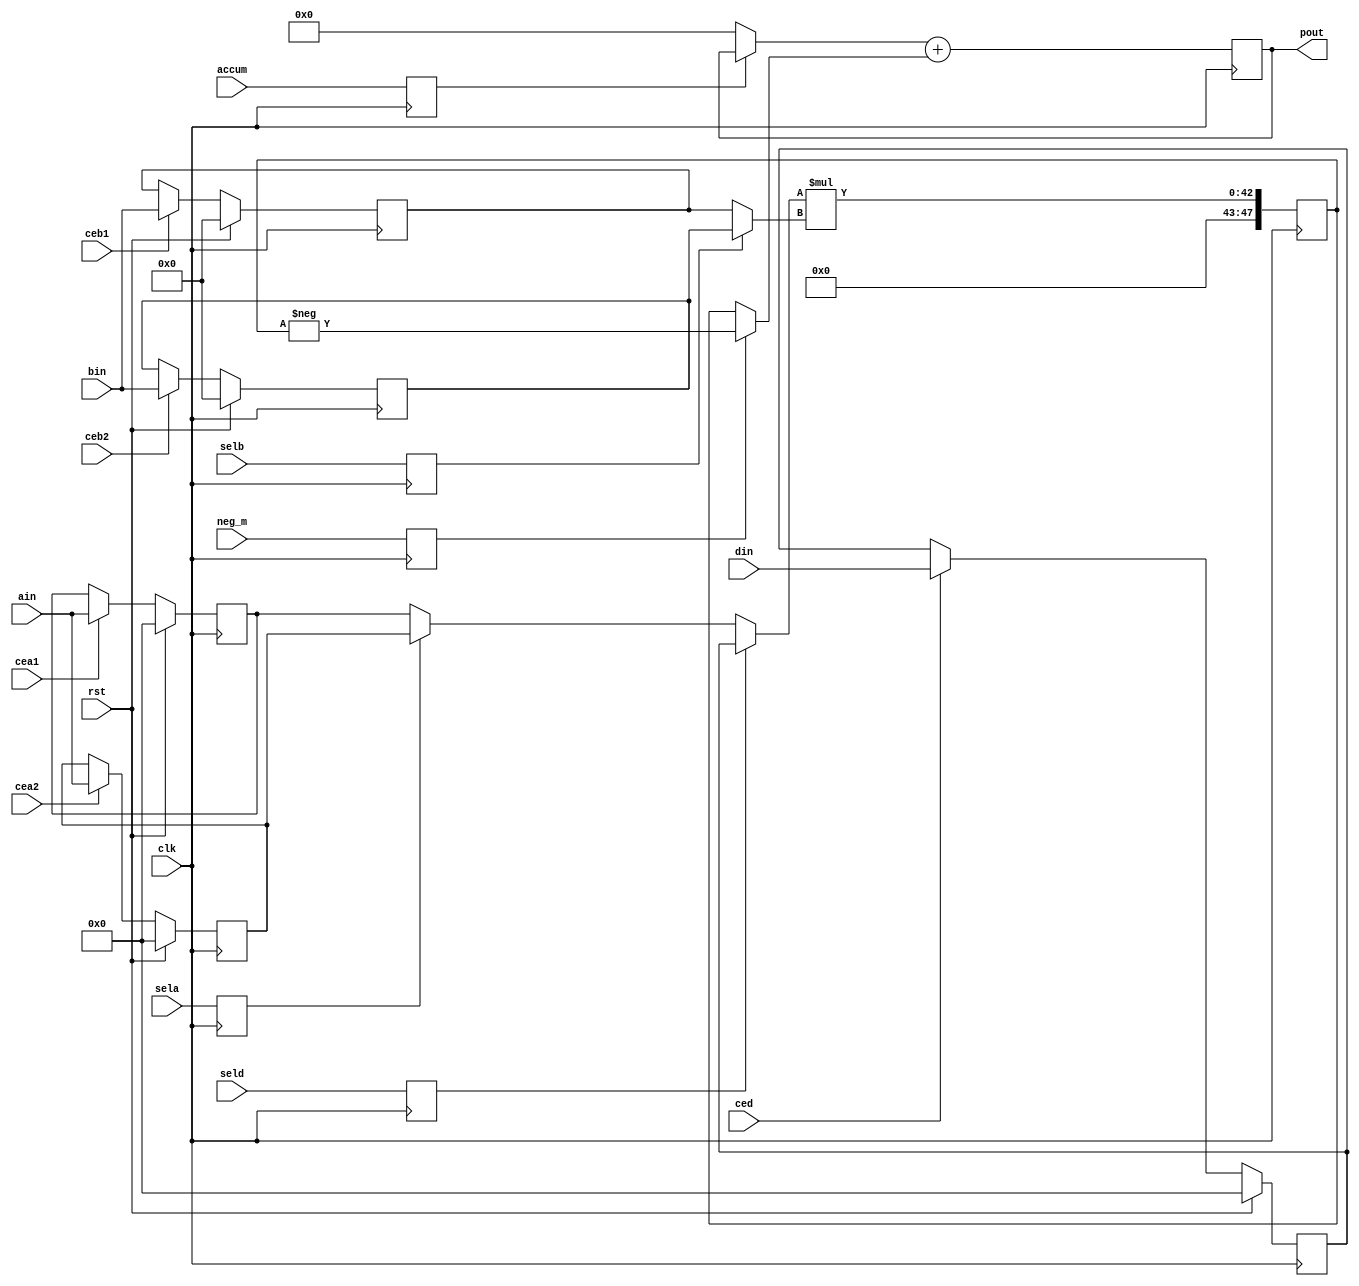
// This program was cloned from: https://github.com/Elphel/x393
// License: GNU General Public License v3.0

/*!
 *  dsp_ma
 * @file dsp_ma.v
 * @date 2016-06-05  
 * @author  Andrey Filippov
 *     
 * @brief DSP with multi-input multiplier and accumulator
 *
 * @copyright Copyright (c) 2016 Elphel, Inc.
 *
 * <b>License:</b>
 *
 * dsp_ma.v is free software; you can redistribute it and/or modify
 * it under the terms of the GNU General Public License as published by
 * the Free Software Foundation, either version 3 of the License, or
 * (at your option) any later version.
 *
 * dsp_ma.v is distributed in the hope that it will be useful,
 * but WITHOUT ANY WARRANTY; without even the implied warranty of
 * MERCHANTABILITY or FITNESS FOR A PARTICULAR PURPOSE.  See the
 * GNU General Public License for more details.
 *
 * You should have received a copy of the GNU General Public License
 * along with this program.  If not, see <http://www.gnu.org/licenses/> .
 *
 * Additional permission under GNU GPL version 3 section 7:
 * If you modify this Program, or any covered work, by linking or combining it
 * with independent modules provided by the FPGA vendor only (this permission
 * does not extend to any 3-rd party modules, "soft cores" or macros) under
 * different license terms solely for the purpose of generating binary "bitstream"
 * files and/or simulating the code, the copyright holders of this Program give
 * you the right to distribute the covered work without those independent modules
 * as long as the source code for them is available from the FPGA vendor free of
 * charge, and there is no dependence on any encrypted modules for simulating of
 * the combined code. This permission applies to you if the distributed code
 * contains all the components and scripts required to completely simulate it
 * with at least one of the Free Software programs.
 */
`timescale 1ns/1ps

module  dsp_ma #(
    parameter B_WIDTH = 18,
    parameter A_WIDTH = 25,
    parameter P_WIDTH = 48)
(
    input                       clk,
    input                       rst,
    input  signed [B_WIDTH-1:0] bin,
    input                       ceb1,     // load b1 register
    input                       ceb2,     // load b2 register
    input                       selb,     // 0 - select b1, 1 - select b2
    input  signed [A_WIDTH-1:0] ain,
    input                       cea1,
    input                       cea2,
    input  signed [A_WIDTH-1:0] din,
    input                       ced,
    input                       sela,     // 0 - select a1, 1 - select a2
    input                       seld,     // 0 - select a1/a2, 1 - select d
    input                       neg_m,    // 1 - negate multiplier result
    input                       accum,    // 0 - use multiplier result, 1 add to accumulator
    output signed [P_WIDTH-1:0] pout
);
`ifdef INSTANTIATE_DSP48E1
    wire [4:0] inmode = {~selb,
                          1'b0, // sub_d,
                          seld,
                          seld, // ~en_a,
                         ~sela};
    wire [3:0] alumode = {2'b0,
                          neg_m,
                          neg_m};
    wire [6:0] opmode =  {1'b0,
                          accum,
                          1'b0,
                          2'b01,
                          2'b01};
    DSP48E1 #(
        .ACASCREG            (1),
        .ADREG               (0), // (1),
        .ALUMODEREG          (1),
        .AREG                (1), // (2), // (1)  - means number in series, so "2" always reads the second
        .AUTORESET_PATDET    ("NO_RESET"),
        .A_INPUT             ("DIRECT"),
        .BCASCREG            (1),
        .BREG                (1), // (2), // (1)  - means number in series, so "2" always reads the second
        .B_INPUT             ("DIRECT"),
        .CARRYINREG          (1),
        .CARRYINSELREG       (1),
        .CREG                (0), //(1),
        .DREG                (1),
        .INMODEREG           (1),
        .IS_ALUMODE_INVERTED (4'b0),
        .IS_CARRYIN_INVERTED (1'b0),
        .IS_CLK_INVERTED     (1'b0),
        .IS_INMODE_INVERTED  (5'b0),
        .IS_OPMODE_INVERTED  (7'b0),
        .MASK                (48'hffffffffffff),
        .MREG                (1),
        .OPMODEREG           (1),
        .PATTERN             (48'h000000000000),
        .PREG                (1),
        .SEL_MASK            ("MASK"),
        .SEL_PATTERN         ("PATTERN"),
        .USE_DPORT           ("TRUE"), //("FALSE"),
        .USE_MULT            ("MULTIPLY"),
        .USE_PATTERN_DETECT  ("NO_PATDET"),
        .USE_SIMD            ("ONE48")
    ) DSP48E1_i (
        .ACOUT          (),           // output[29:0] 
        .BCOUT          (),           // output[17:0] 
        .CARRYCASCOUT   (),           // output
        .CARRYOUT       (),           // output[3:0] 
        .MULTSIGNOUT    (),           // output
        .OVERFLOW       (),           // output
        .P              (pout),       // output[47:0] 
        .PATTERNBDETECT (),           // output
        .PATTERNDETECT  (),           // output
        .PCOUT          (),           // output[47:0] 
        .UNDERFLOW      (),           // output
        .A              ({{30-A_WIDTH{ain[A_WIDTH-1]}}, ain}), // input[29:0] 
        .ACIN           (30'b0),      // input[29:0] 
        .ALUMODE        (alumode),    // input[3:0] 
        .B              (bin),        // input[17:0] 
        .BCIN           (18'b0),      // input[17:0] 
        .C              (48'hffffffffffff), // input[47:0] 
        .CARRYCASCIN    (1'b0),       // input
        .CARRYIN        (1'b0),       // input
        .CARRYINSEL     (3'h0),       // input[2:0] // later modify? 
        .CEA1           (cea1),       // input
        .CEA2           (cea2),       // input
        .CEAD           (1'b0),       // input
        .CEALUMODE      (1'b1),       // input
        .CEB1           (ceb1),       // input
        .CEB2           (ceb2),       // input
        .CEC            (1'b0),       // input
        .CECARRYIN      (1'b0),       // input
        .CECTRL         (1'b1),       // input
        .CED            (ced),        // input
        .CEINMODE       (1'b1),       // input
        .CEM            (1'b1),       // input
        .CEP            (1'b1),       // input
        .CLK            (clk),        // input
        .D              (din),        // input[24:0] 
        .INMODE         (inmode),     // input[4:0] 
        .MULTSIGNIN     (1'b0),       // input
        .OPMODE         (opmode),     // input[6:0] 
        .PCIN           (48'b0),      // input[47:0] 
        .RSTA           (rst),        // input
        .RSTALLCARRYIN  (rst),        // input
        .RSTALUMODE     (rst),        // input
        .RSTB           (rst),        // input
        .RSTC           (rst),        // input
        .RSTCTRL        (rst),        // input
        .RSTD           (rst),        // input
        .RSTINMODE      (rst),        // input
        .RSTM           (rst),        // input
        .RSTP           (rst)        // input
    );
`else
// Will try to make it infer DSP48e1
    reg  signed [B_WIDTH-1:0] b1_reg;
    reg  signed [B_WIDTH-1:0] b2_reg;
    reg  signed [A_WIDTH-1:0] a1_reg;
    reg  signed [A_WIDTH-1:0] a2_reg;
    reg  signed [A_WIDTH-1:0] d_reg;
    reg  signed [P_WIDTH-1:0] m_reg;
    reg  signed [P_WIDTH-1:0] p_reg;
    wire signed [A_WIDTH+B_WIDTH-1:0] m_wire;
    wire signed [B_WIDTH-1:0] b_wire;
    wire signed [A_WIDTH-1:0] a_wire;
    reg                       selb_r;
    reg                       sela_r;
    reg                       seld_r;
    reg                       neg_m_r;
    reg                       accum_r;

    wire signed [P_WIDTH-1:0] m_reg_pm;            
    wire signed [P_WIDTH-1:0] p_reg_cond;            
    
    
    assign pout = p_reg;
    assign b_wire = selb_r ? b2_reg : b1_reg;
    assign a_wire = seld_r ? d_reg : (sela_r ? a2_reg : a1_reg);
    assign m_wire = a_wire * b_wire;
    
    assign m_reg_pm =   neg_m_r ? - m_reg : m_reg;  
    assign p_reg_cond = accum_r ? p_reg : 0;  
    
    always @ (posedge clk) begin
        if      (rst)  b1_reg <= 0;
        else if (ceb1) b1_reg <= bin;
        
        if      (rst)  b2_reg <= 0;
        else if (ceb2) b2_reg <= bin;
        
        if      (rst)  a1_reg <= 0;
        else if (cea1) a1_reg <= ain;
        
        if      (rst)  a2_reg <= 0;
        else if (cea2) a2_reg <= ain;
        
        if      (rst)  d_reg <= 0;
        else if (ced)  d_reg <= din;
        
        selb_r <= selb;
        sela_r <= sela;
        seld_r <= seld;
        neg_m_r <= neg_m;
        accum_r <= accum;
        
        m_reg <= {{P_WIDTH - A_WIDTH - B_WIDTH{1'b0}}, m_wire};
        
        p_reg <= p_reg_cond + m_reg_pm;
        
    end
`endif
endmodule